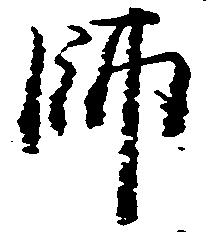
師